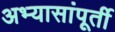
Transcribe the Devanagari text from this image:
अभ्यासांपूर्ती